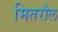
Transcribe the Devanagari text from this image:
मितरौल